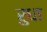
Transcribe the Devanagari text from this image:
रुधा